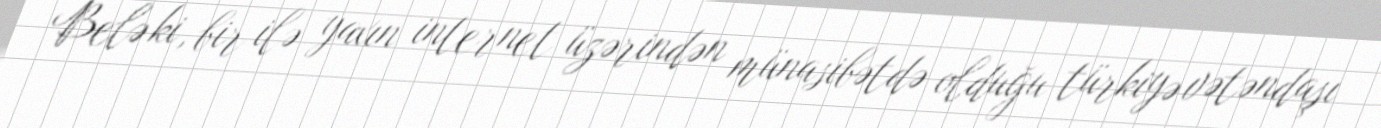
Belə ki, bir ilə yaxın internet üzərindən münasibətdə olduğu türkiyə vətəndaşı